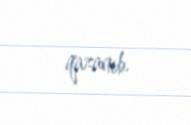
qazanıb.